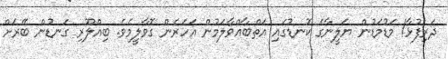
ދަރިފުޅާ! މަޑުމަޑުން ޔަލީނާގެ ކޮނޑުގައި އަތްބާއްވާލަމުން އަހަރެން ގޮވާލީމެވެ. ބިއްލޫރި ގަނޑުން ބޭރަށް